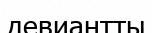
девиантты